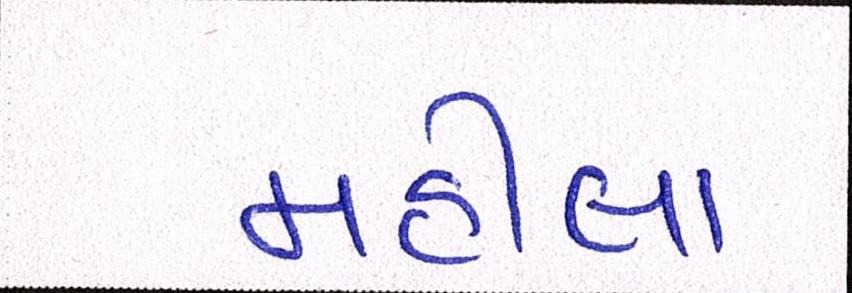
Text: મહીલા